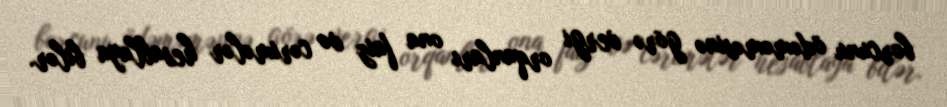
borcunu ödəməməsinə görə vergi orqanları ona faiz və cərimələr hesablaya bilər.